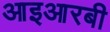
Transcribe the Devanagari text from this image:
आइआरबी